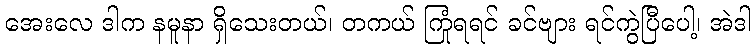
အေးလေ ဒါက နမူနာ ရှိသေးတယ်၊ တကယ် ကြုံရရင် ခင်ဗျား ရင်ကွဲပြီပေါ့၊ အဲဒါ